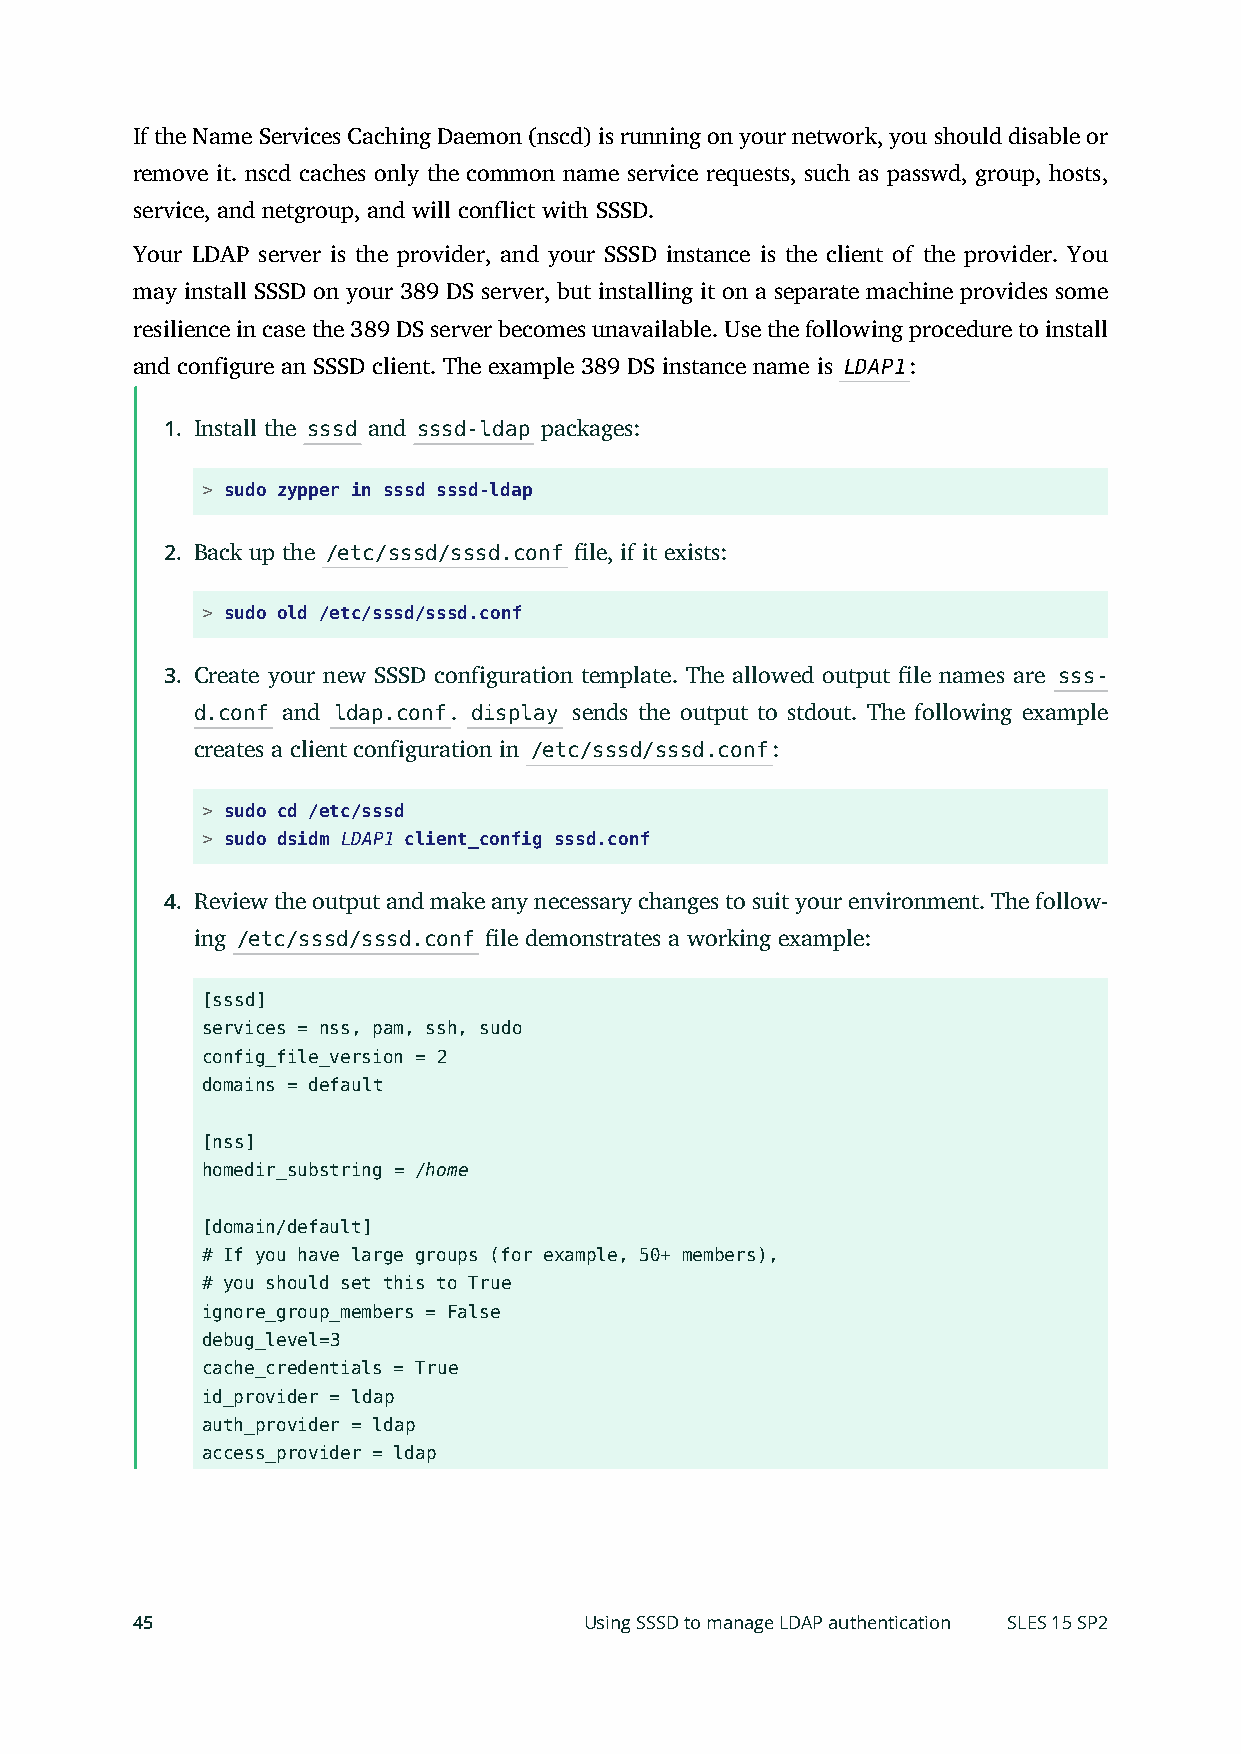
If the Name Services Caching Daemon (nscd) is running on your network, you should disable or
 remove it. nscd caches only the common name service requests, such as passwd, group, hosts,
 service, and netgroup, and will conflict with SSSD.
 Your LDAP server is the provider, and your SSSD instance is the client of the provider. You
 may install SSSD on your 389 DS server, but installing it on a separate machine provides some
 resilience in case the 389 DS server becomes unavailable. Use the following procedure to install
 and configure an SSSD client. The example 389 DS instance name is LDAP1:
 1. Install the sssd and sssd-ldap packages:
 > sudo zypper in sssd sssd-ldap
 2. Back up the /etc/sssd/sssd.conf le, if it exists:
 > sudo old /etc/sssd/sssd.conf
 3. Create your new SSSD configuration template. The allowed output le names are sss-
 d.conf and ldap.conf. display sends the output to stdout. The following example
 creates a client configuration in /etc/sssd/sssd.conf:
 > sudo cd /etc/sssd
 > sudo dsidm LDAP1 client_config sssd.conf
 4. Review the output and make any necessary changes to suit your environment. The follow-
 ing /etc/sssd/sssd.conf le demonstrates a working example:
 [sssd]
 services = nss, pam, ssh, sudo
 config_file_version = 2
 domains = default
 [nss]
 homedir_substring = /home
 [domain/default]
 # If you have large groups (for example, 50+ members),
 # you should set this to True
 ignore_group_members = False
 debug_level=3
 cache_credentials = True
 id_provider = ldap
 auth_provider = ldap
 access_provider = ldap
 45                            Using SSSD to manage LDAP authentication SLES 15 SP2